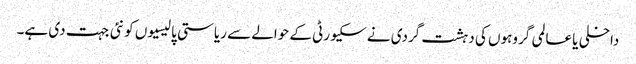
داخلی یا عالمی گروہوں کی دہشت گردی نے سکیورٹی کے حوالے سے ریاستی پالیسیوں کو نئی جہت دی ہے۔